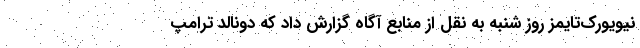
نیویورک‌تایمز روز شنبه به نقل از منابع آگاه گزارش داد که دونالد ترامپ